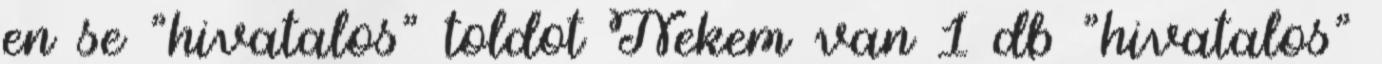
en se "hivatalos" toldot Nekem van 1 db "hivatalos"